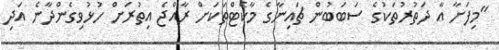
"މިފަށާ އާ ދަތުރުތަކުގެ ސަބަބުން ޗައިނާގެ މާކެޓްތަކަށް ރާއްޖެ އިތުރަށް ހުޅުވިގެންދާނެ އަދި